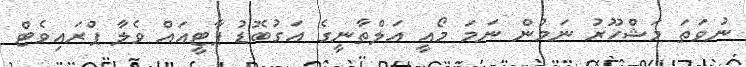
ނުވަތަ މަޝްހޫރު ނަމުން ނަމަ މޯއީ އަލްތާނީގެ އަގުބޮޑު ޕާޓީއައް ވެލާ ޕްރައިވެޓް